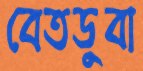
বেতডুবা